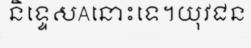
និទ្ទេសAនោះទេ។យុវជន